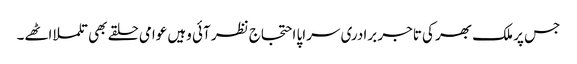
جس پر ملک بھر کی تاجر برادری سراپا احتجاج نظر آئی وہیں عوامی حلقے بھی تلملا اٹھے۔